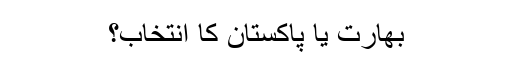
بھارت یا پاکستان کا انتخاب؟